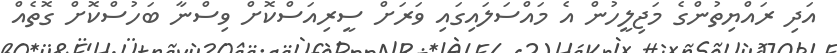
އަދި ރައްޔިތުންގެ މަޖިލީހުން އެ މައްސަލައިގައި ވަރަށް ސީރިއަސްކޮށް ވިސްނާ ބަހުސްކޮށް ގޮތެއް